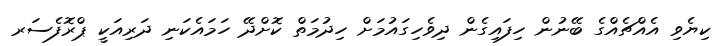
ކިޔެވި އެއްޗެއްގެ ބޭނުން ހިފައިގެން ދިވެހިގައުމަށް ހިދުމަތް ކޮށްދޭ ހަމައެކަނި ދަރިއަކީ ޕްރޮފެސަރ